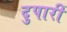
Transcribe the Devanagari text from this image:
दुपारीं